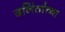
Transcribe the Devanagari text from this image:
दलिंतांच्या